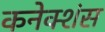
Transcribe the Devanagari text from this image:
कनेक्‍शंस